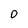
Character: 0